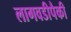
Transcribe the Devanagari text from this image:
लागवडीपैकी